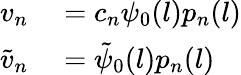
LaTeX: \begin{array}{rl}{v_{n}}&{{}=c_{n}\psi_{0}(l)p_{n}(l)}\\ {\tilde{v}_{n}}&{{}=\tilde{\psi}_{0}(l)p_{n}(l)}\end{array}